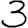
Digit: 3